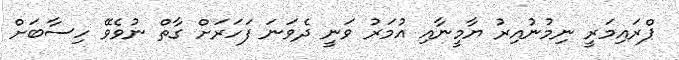
ޕްރައިމަރީ ނިމުނުއިރު ޔާމީނާއި އުމަރު ވަނީ ދެވަނަ ފަހަރަށް ގާތް ނުވެވޭ ހިސާބަށް